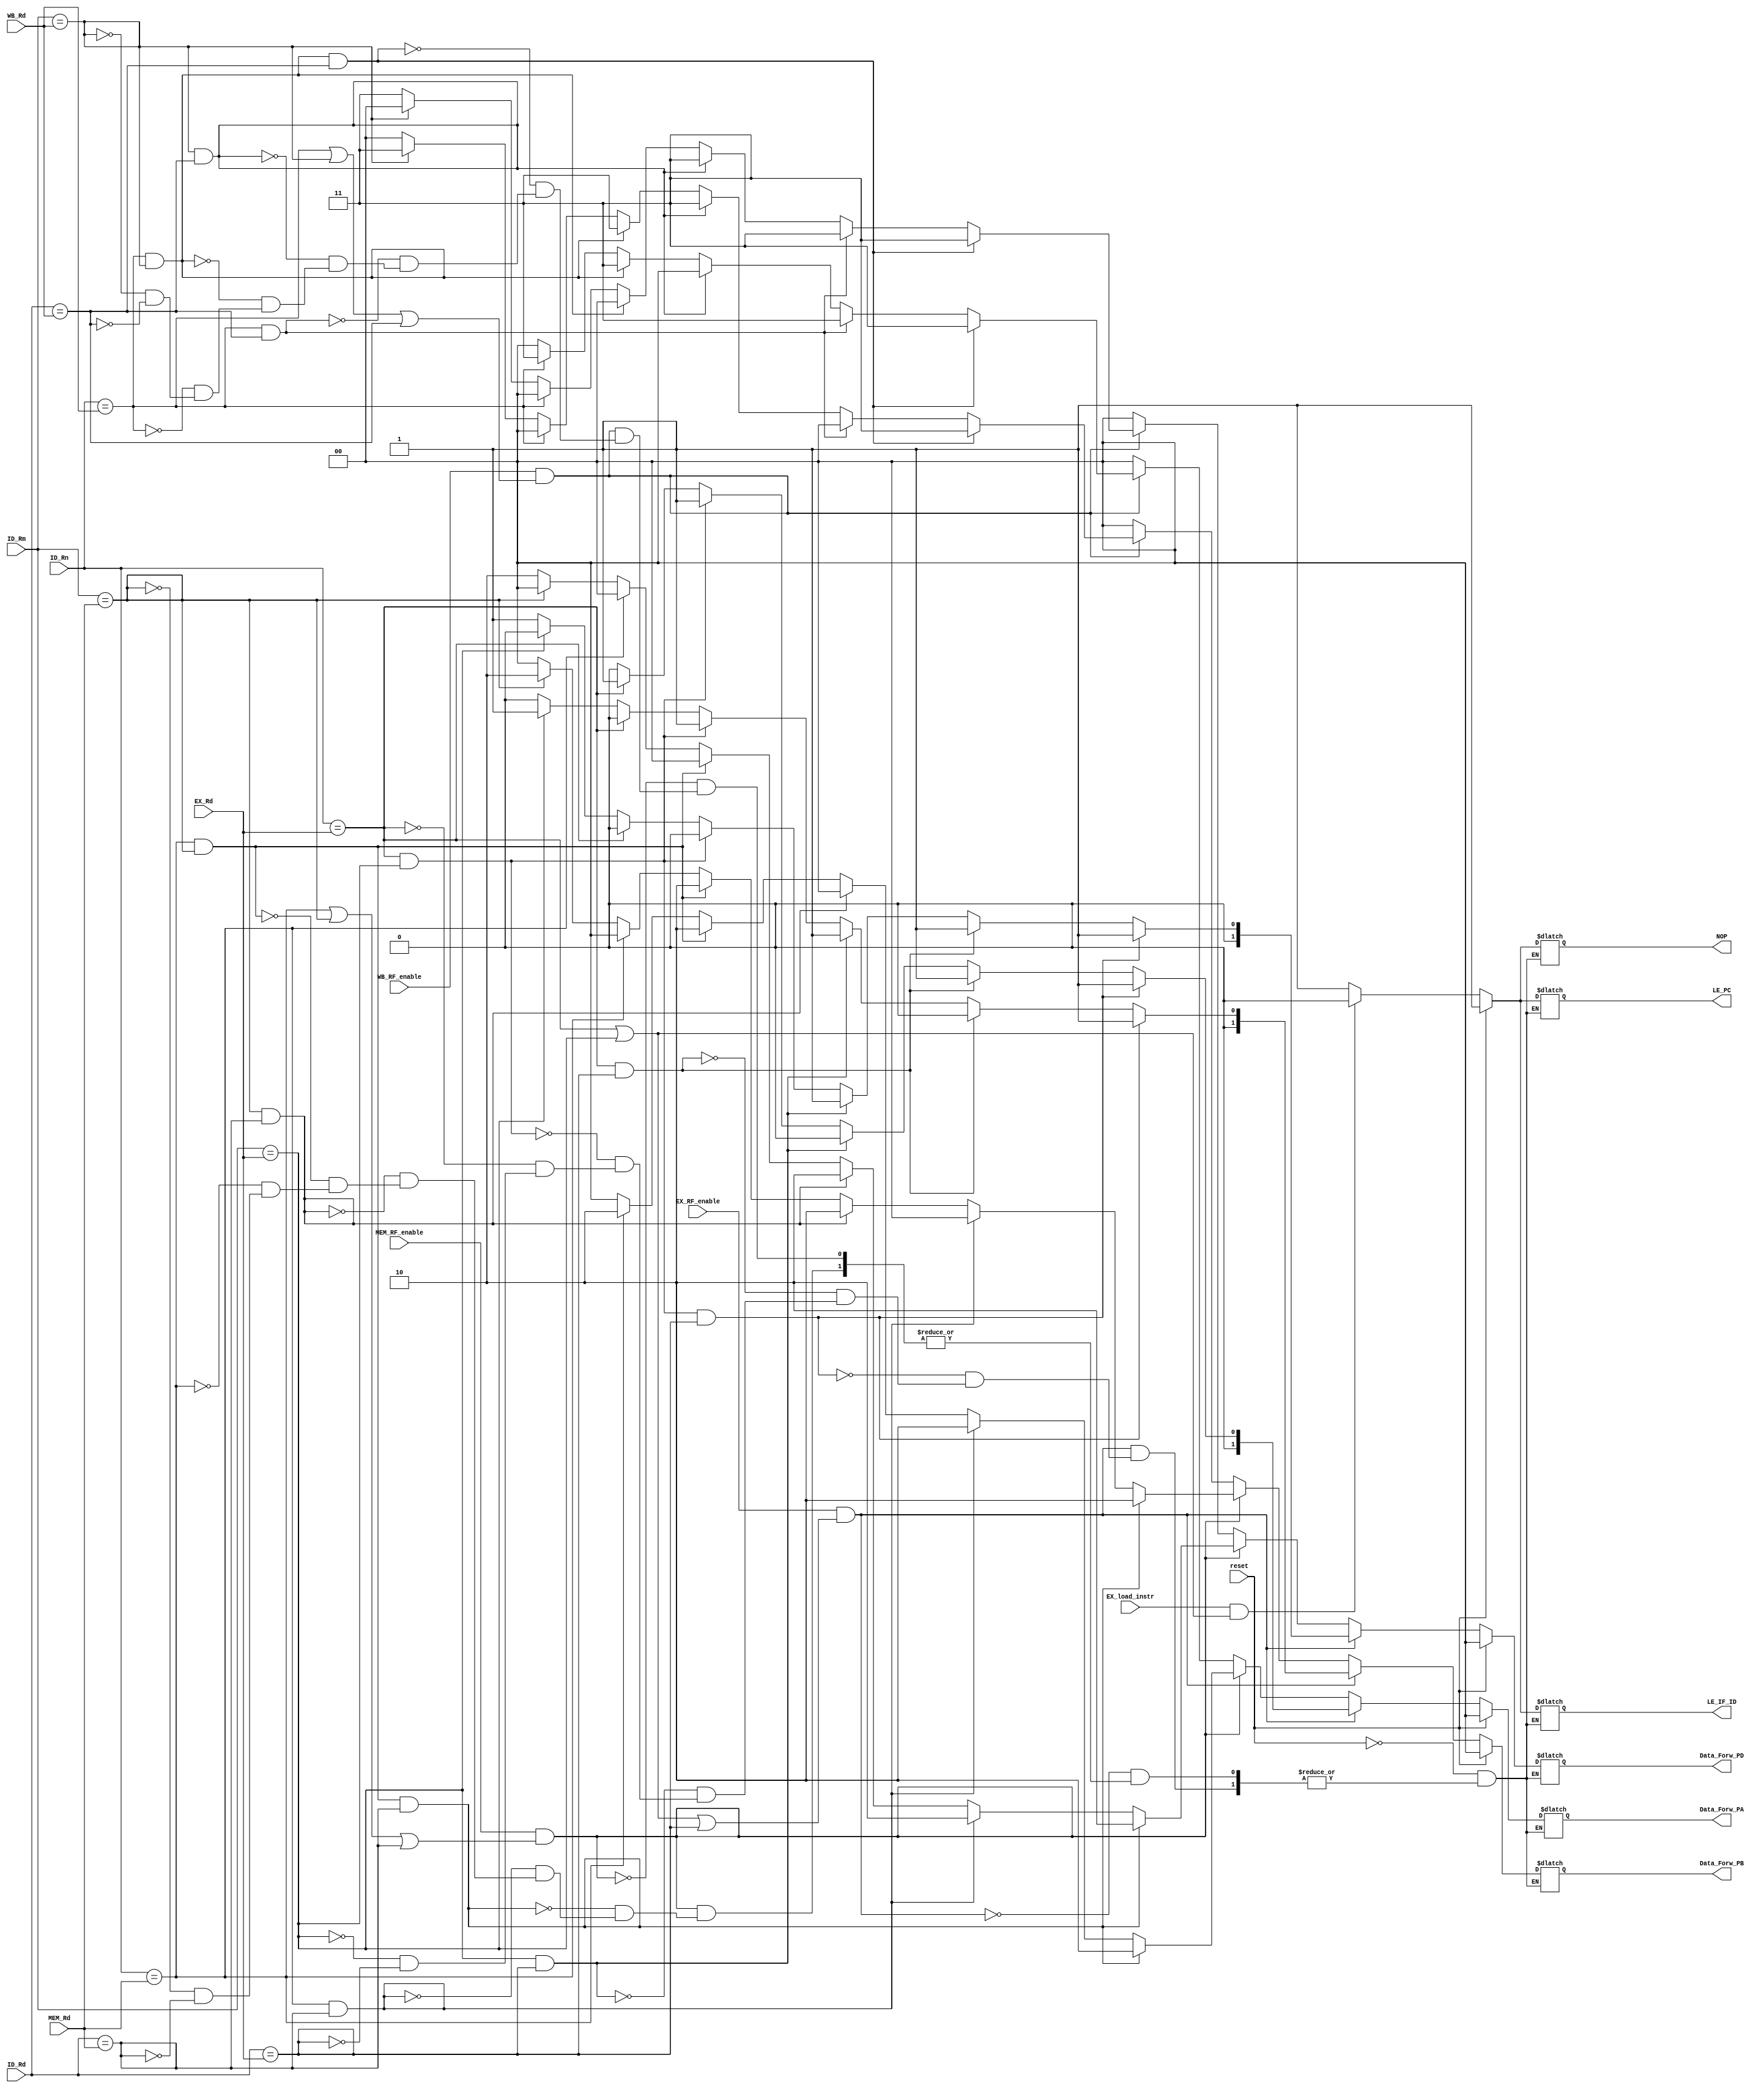
module hazard_forwarding_unit(output reg[1:0] Data_Forw_PA, Data_Forw_PB, Data_Forw_PD, 
output reg NOP, LE_IF_ID, LE_PC, 
input[3:0] ID_Rn, ID_Rm, ID_Rd, EX_Rd, MEM_Rd, WB_Rd, 
input EX_RF_enable,MEM_RF_enable,WB_RF_enable, EX_load_instr, reset);
	always @ (ID_Rn, ID_Rm, EX_Rd, MEM_Rd, WB_Rd, EX_RF_enable,MEM_RF_enable,WB_Rd, EX_RF_enable,MEM_RF_enable,WB_RF_enable, EX_load_instr)
	begin
		if(reset)
			begin
				Data_Forw_PA<=2'b00;
				Data_Forw_PB<=2'b00;
				Data_Forw_PD<=2'b00;
				NOP<=1'b1;
				LE_IF_ID<=1'b1;
				LE_PC<=1'b1;
			end
		else if(EX_RF_enable&&(ID_Rn==EX_Rd||ID_Rm==EX_Rd||ID_Rd==EX_Rd))
			begin
				if(ID_Rn==EX_Rd&&ID_Rm==EX_Rd&&ID_Rd==EX_Rd) 
					begin
						Data_Forw_PA<=2'b01;
						Data_Forw_PB<=2'b01;
						Data_Forw_PD<=2'b01;
						if(EX_load_instr&&(ID_Rn==EX_Rd||ID_Rm==EX_Rd))
							begin
								NOP<=1'b0;
								LE_IF_ID<=1'b0;
								LE_PC<=1'b0;
							end
						else
							begin
								NOP<=1'b1;
								LE_IF_ID<=1'b1;
								LE_PC<=1'b1;
							end
					end
				else if(ID_Rn==EX_Rd&&ID_Rd==EX_Rd) 
					begin
						Data_Forw_PA<=2'b01;
						Data_Forw_PB<=2'b00;
						Data_Forw_PD<=2'b01;
						if(EX_load_instr&&(ID_Rn==EX_Rd||ID_Rm==EX_Rd))
							begin
								NOP<=1'b0;
								LE_IF_ID<=1'b0;
								LE_PC<=1'b0;
							end
						else
							begin
								NOP<=1'b1;
								LE_IF_ID<=1'b1;
								LE_PC<=1'b1;
							end
					end
				else if(ID_Rm==EX_Rd&&ID_Rd==EX_Rd) 
					begin
						Data_Forw_PA<=2'b00;
						Data_Forw_PB<=2'b01;
						Data_Forw_PD<=2'b01;
						if(EX_load_instr&&(ID_Rn==EX_Rd||ID_Rm==EX_Rd))
							begin
								NOP<=1'b0;
								LE_IF_ID<=1'b0;
								LE_PC<=1'b0;
							end
						else
							begin
								NOP<=1'b1;
								LE_IF_ID<=1'b1;
								LE_PC<=1'b1;
							end
					end
				else if(ID_Rn==EX_Rd&&ID_Rm==EX_Rd) 
					begin
						Data_Forw_PA<=2'b01;
						Data_Forw_PB<=2'b01;
						Data_Forw_PD<=2'b00;
						if(EX_load_instr&&(ID_Rn==EX_Rd||ID_Rm==EX_Rd))
							begin
								NOP<=1'b0;
								LE_IF_ID<=1'b0;
								LE_PC<=1'b0;
							end
						else
							begin
								NOP<=1'b1;
								LE_IF_ID<=1'b1;
								LE_PC<=1'b1;
							end
					end
				else if(ID_Rn==EX_Rd) 
					begin
						Data_Forw_PA<=2'b01;
						Data_Forw_PB<=2'b00;
						Data_Forw_PD<=2'b00;
						if(EX_load_instr&&(ID_Rn==EX_Rd||ID_Rm==EX_Rd))
							begin
								NOP<=1'b0;
								LE_IF_ID<=1'b0;
								LE_PC<=1'b0;
							end
						else
							begin
								NOP<=1'b1;
								LE_IF_ID<=1'b1;
								LE_PC<=1'b1;
							end
					end
				else if(ID_Rm==EX_Rd) 
					begin
						Data_Forw_PA<=2'b00;
						Data_Forw_PB<=2'b01;
						Data_Forw_PD<=2'b00;
						if(EX_load_instr&&(ID_Rn==EX_Rd||ID_Rm==EX_Rd))
							begin
								NOP<=1'b0;
								LE_IF_ID<=1'b0;
								LE_PC<=1'b0;
							end
						else
							begin
								NOP<=1'b1;
								LE_IF_ID<=1'b1;
								LE_PC<=1'b1;
							end
					end
				else if(ID_Rd==EX_Rd) 
					begin
						Data_Forw_PA<=2'b00;
						Data_Forw_PB<=2'b00;
						Data_Forw_PD<=2'b01;
						if(EX_load_instr&&(ID_Rn==EX_Rd||ID_Rm==EX_Rd))
							begin
								NOP<=1'b0;
								LE_IF_ID<=1'b0;
								LE_PC<=1'b0;
							end
						else
							begin
								NOP<=1'b1;
								LE_IF_ID<=1'b1;
								LE_PC<=1'b1;
							end
					end
			end
		else if(MEM_RF_enable&&(ID_Rn==MEM_Rd||ID_Rm==MEM_Rd||ID_Rd==MEM_Rd))
			begin
				if(ID_Rn==MEM_Rd&&ID_Rm==MEM_Rd&&ID_Rd==MEM_Rd) 
					begin
						Data_Forw_PA<=2'b10;
						Data_Forw_PB<=2'b10;
						Data_Forw_PD<=2'b10;
						if(EX_load_instr&&(ID_Rn==EX_Rd||ID_Rm==EX_Rd))
							begin
								NOP<=1'b0;
								LE_IF_ID<=1'b0;
								LE_PC<=1'b0;
							end
						else
							begin
								NOP<=1'b1;
								LE_IF_ID<=1'b1;
								LE_PC<=1'b1;
							end
					end
				else if(ID_Rn==MEM_Rd&&ID_Rd==MEM_Rd) 
					begin
						Data_Forw_PA<=2'b10;
						Data_Forw_PB<=2'b00;
						Data_Forw_PD<=2'b10;
						if(EX_load_instr&&(ID_Rn==EX_Rd||ID_Rm==EX_Rd))
							begin
								NOP<=1'b0;
								LE_IF_ID<=1'b0;
								LE_PC<=1'b0;
							end
						else
							begin
								NOP<=1'b1;
								LE_IF_ID<=1'b1;
								LE_PC<=1'b1;
							end
					end
				else if(ID_Rm==MEM_Rd&&ID_Rd==MEM_Rd) 
					begin
						Data_Forw_PA<=2'b00;
						Data_Forw_PB<=2'b10;
						Data_Forw_PD<=2'b10;
						if(EX_load_instr&&(ID_Rn==EX_Rd||ID_Rm==EX_Rd))
							begin
								NOP<=1'b0;
								LE_IF_ID<=1'b0;
								LE_PC<=1'b0;
							end
						else
							begin
								NOP<=1'b1;
								LE_IF_ID<=1'b1;
								LE_PC<=1'b1;
							end
					end
				else if(ID_Rn==MEM_Rd&&ID_Rm==MEM_Rd) 
					begin
						Data_Forw_PA<=2'b10;
						Data_Forw_PB<=2'b10;
						Data_Forw_PD<=2'b00;
						if(EX_load_instr&&(ID_Rn==EX_Rd||ID_Rm==EX_Rd))
							begin
								NOP<=1'b0;
								LE_IF_ID<=1'b0;
								LE_PC<=1'b0;
							end
						else
							begin
								NOP<=1'b1;
								LE_IF_ID<=1'b1;
								LE_PC<=1'b1;
							end
					end
				else if(ID_Rn==MEM_Rd) 
					begin
						Data_Forw_PA<=2'b10;
						Data_Forw_PB<=2'b00;
						Data_Forw_PD<=2'b00;
						if(EX_load_instr&&(ID_Rn==EX_Rd||ID_Rm==EX_Rd))
							begin
								NOP<=1'b0;
								LE_IF_ID<=1'b0;
								LE_PC<=1'b0;
							end
						else
							begin
								NOP<=1'b1;
								LE_IF_ID<=1'b1;
								LE_PC<=1'b1;
							end
					end
				else if(ID_Rm==MEM_Rd) 
					begin
						Data_Forw_PA<=2'b00;
						Data_Forw_PB<=2'b10;
						Data_Forw_PD<=2'b00;
						if(EX_load_instr&&(ID_Rn==EX_Rd||ID_Rm==EX_Rd))
							begin
								NOP<=1'b0;
								LE_IF_ID<=1'b0;
								LE_PC<=1'b0;
							end
						else
							begin
								NOP<=1'b1;
								LE_IF_ID<=1'b1;
								LE_PC<=1'b1;
							end
					end
				else if(ID_Rd==MEM_Rd) 
					begin
						Data_Forw_PA<=2'b00;
						Data_Forw_PB<=2'b00;
						Data_Forw_PD<=2'b10;
						if(EX_load_instr&&(ID_Rn==EX_Rd||ID_Rm==EX_Rd))
							begin
								NOP<=1'b0;
								LE_IF_ID<=1'b0;
								LE_PC<=1'b0;
							end
						else
							begin
								NOP<=1'b1;
								LE_IF_ID<=1'b1;
								LE_PC<=1'b1;
							end
					end
			end
		else if(WB_RF_enable&&(ID_Rn==WB_Rd||ID_Rm==WB_Rd||ID_Rd==WB_Rd))
			begin
				if(ID_Rn==WB_Rd&&ID_Rm==WB_Rd&&ID_Rd==WB_Rd) 
					begin
						Data_Forw_PA<=2'b11;
						Data_Forw_PB<=2'b11;
						Data_Forw_PD<=2'b11;
						if(EX_load_instr&&(ID_Rn==EX_Rd||ID_Rm==EX_Rd))
							begin
								NOP<=1'b0;
								LE_IF_ID<=1'b0;
								LE_PC<=1'b0;
							end
						else
							begin
								NOP<=1'b1;
								LE_IF_ID<=1'b1;
								LE_PC<=1'b1;
							end
					end
				else if(ID_Rn==WB_Rd&&ID_Rd==WB_Rd) 
					begin
						Data_Forw_PA<=2'b11;
						Data_Forw_PB<=2'b00;
						Data_Forw_PD<=2'b11;
						if(EX_load_instr&&(ID_Rn==EX_Rd||ID_Rm==EX_Rd))
							begin
								NOP<=1'b0;
								LE_IF_ID<=1'b0;
								LE_PC<=1'b0;
							end
						else
							begin
								NOP<=1'b1;
								LE_IF_ID<=1'b1;
								LE_PC<=1'b1;
							end
					end
				else if(ID_Rm==WB_Rd&&ID_Rd==WB_Rd) 
					begin
						Data_Forw_PA<=2'b00;
						Data_Forw_PB<=2'b11;
						Data_Forw_PD<=2'b11;
						if(EX_load_instr&&(ID_Rn==EX_Rd||ID_Rm==EX_Rd))
							begin
								NOP<=1'b0;
								LE_IF_ID<=1'b0;
								LE_PC<=1'b0;
							end
						else
							begin
								NOP<=1'b1;
								LE_IF_ID<=1'b1;
								LE_PC<=1'b1;
							end
					end
				else if(ID_Rn==WB_Rd&&ID_Rm==WB_Rd) 
					begin
						Data_Forw_PA<=2'b11;
						Data_Forw_PB<=2'b11;
						Data_Forw_PD<=2'b00;
						if(EX_load_instr&&(ID_Rn==EX_Rd||ID_Rm==EX_Rd))
							begin
								NOP<=1'b0;
								LE_IF_ID<=1'b0;
								LE_PC<=1'b0;
							end
						else
							begin
								NOP<=1'b1;
								LE_IF_ID<=1'b1;
								LE_PC<=1'b1;
							end
					end
				else if(ID_Rn==WB_Rd) 
					begin
						Data_Forw_PA<=2'b11;
						Data_Forw_PB<=2'b00;
						Data_Forw_PD<=2'b00;
						if(EX_load_instr&&(ID_Rn==EX_Rd||ID_Rm==EX_Rd))
							begin
								NOP<=1'b0;
								LE_IF_ID<=1'b0;
								LE_PC<=1'b0;
							end
						else
							begin
								NOP<=1'b1;
								LE_IF_ID<=1'b1;
								LE_PC<=1'b1;
							end
					end
				else if(ID_Rm==WB_Rd) 
					begin
						Data_Forw_PA<=2'b00;
						Data_Forw_PB<=2'b11;
						Data_Forw_PD<=2'b00;
						if(EX_load_instr&&(ID_Rn==EX_Rd||ID_Rm==EX_Rd))
							begin
								NOP<=1'b0;
								LE_IF_ID<=1'b0;
								LE_PC<=1'b0;
							end
						else
							begin
								NOP<=1'b1;
								LE_IF_ID<=1'b1;
								LE_PC<=1'b1;
							end
					end
				else if(ID_Rd==WB_Rd) 
					begin
						Data_Forw_PA<=2'b00;
						Data_Forw_PB<=2'b00;
						Data_Forw_PD<=2'b11;
						if(EX_load_instr&&(ID_Rn==EX_Rd||ID_Rm==EX_Rd))
							begin
								NOP<=1'b0;
								LE_IF_ID<=1'b0;
								LE_PC<=1'b0;
							end
						else
							begin
								NOP<=1'b1;
								LE_IF_ID<=1'b1;
								LE_PC<=1'b1;
							end
					end
			end
		else
			begin
				Data_Forw_PA<=2'b00;
				Data_Forw_PB<=2'b00;
				Data_Forw_PD<=2'b00;
				if(EX_load_instr&&(ID_Rn==EX_Rd||ID_Rm==EX_Rd))
					begin
						NOP<=1'b0;
						LE_IF_ID<=1'b0;
						LE_PC<=1'b0;
					end
				else
					begin
						NOP<=1'b1;
						LE_IF_ID<=1'b1;
						LE_PC<=1'b1;
					end
			end
	end
endmodule